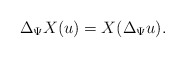
\begin{align*}\Delta_{\Psi}X(u) = X(\Delta_{\Psi} u). \end{align*}